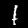
Digit: 1